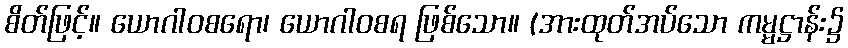
စိတ်ဖြင့်။ ယောဂါဝစရော၊ ယောဂါဝစရ ဖြစ်သော။ (အားထုတ်အပ်သော ကမ္မဋ္ဌာန်း၌